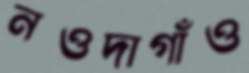
নওদাগাঁও